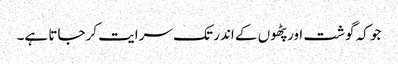
جو کہ گوشت اور پٹھوں کے اندر تک سرایت کرجاتا ہے۔